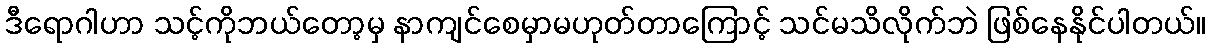
ဒီရောဂါဟာ သင့်ကိုဘယ်တော့မှ နာကျင်စေမှာမဟုတ်တာကြောင့် သင်မသိလိုက်ဘဲ ဖြစ်နေနိုင်ပါတယ်။